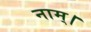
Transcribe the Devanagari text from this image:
नाम्।